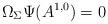
LaTeX: \begin{align*}\Omega_\Sigma \Psi(A^{1,0}) = 0\end{align*}